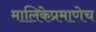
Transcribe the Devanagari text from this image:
मालिकेप्रमाणेच